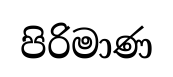
පිරිමාණ